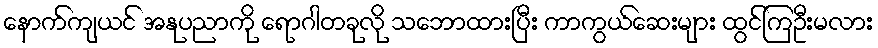
နောက်ကျယင် အနုပညာကို ရောဂါတခုလို သဘောထားပြီး ကာကွယ်ဆေးများ ထွင်ကြဦးမလား